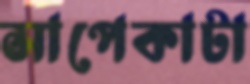
সাপেকাটা